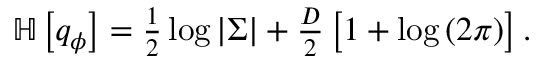
\begin{array} { r } { \mathbb { H } \left[ q _ { \phi } \right] = \frac { 1 } { 2 } \log \left\vert \Sigma \right\vert + \frac { D } { 2 } \left[ 1 + \log \left( 2 \pi \right) \right] . } \end{array}